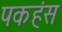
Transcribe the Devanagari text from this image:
पकहंस